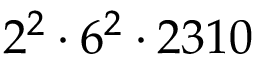
2 ^ { 2 } \cdot 6 ^ { 2 } \cdot 2 3 1 0